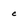
Character: c